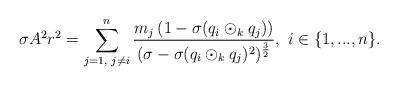
LaTeX: \begin{align*} \sigma A^{2}r^{2}=\sum\limits_{j=1,\textrm{ }j\neq i}^{n}\frac{m_{j}\left(1-\sigma(q_{i}\odot_{k}q_{j})\right)}{(\sigma-\sigma(q_{i}\odot_{k}q_{j})^{2})^{\frac{3}{2}}},\textrm{ }i\in\{1,...,n\}. \end{align*}